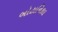
બોટાનિકલ